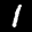
Label: 1